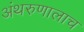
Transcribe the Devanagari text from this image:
अंथरुणालाच